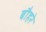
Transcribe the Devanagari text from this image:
बौहरे